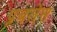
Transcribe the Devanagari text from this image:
प्रबलेस